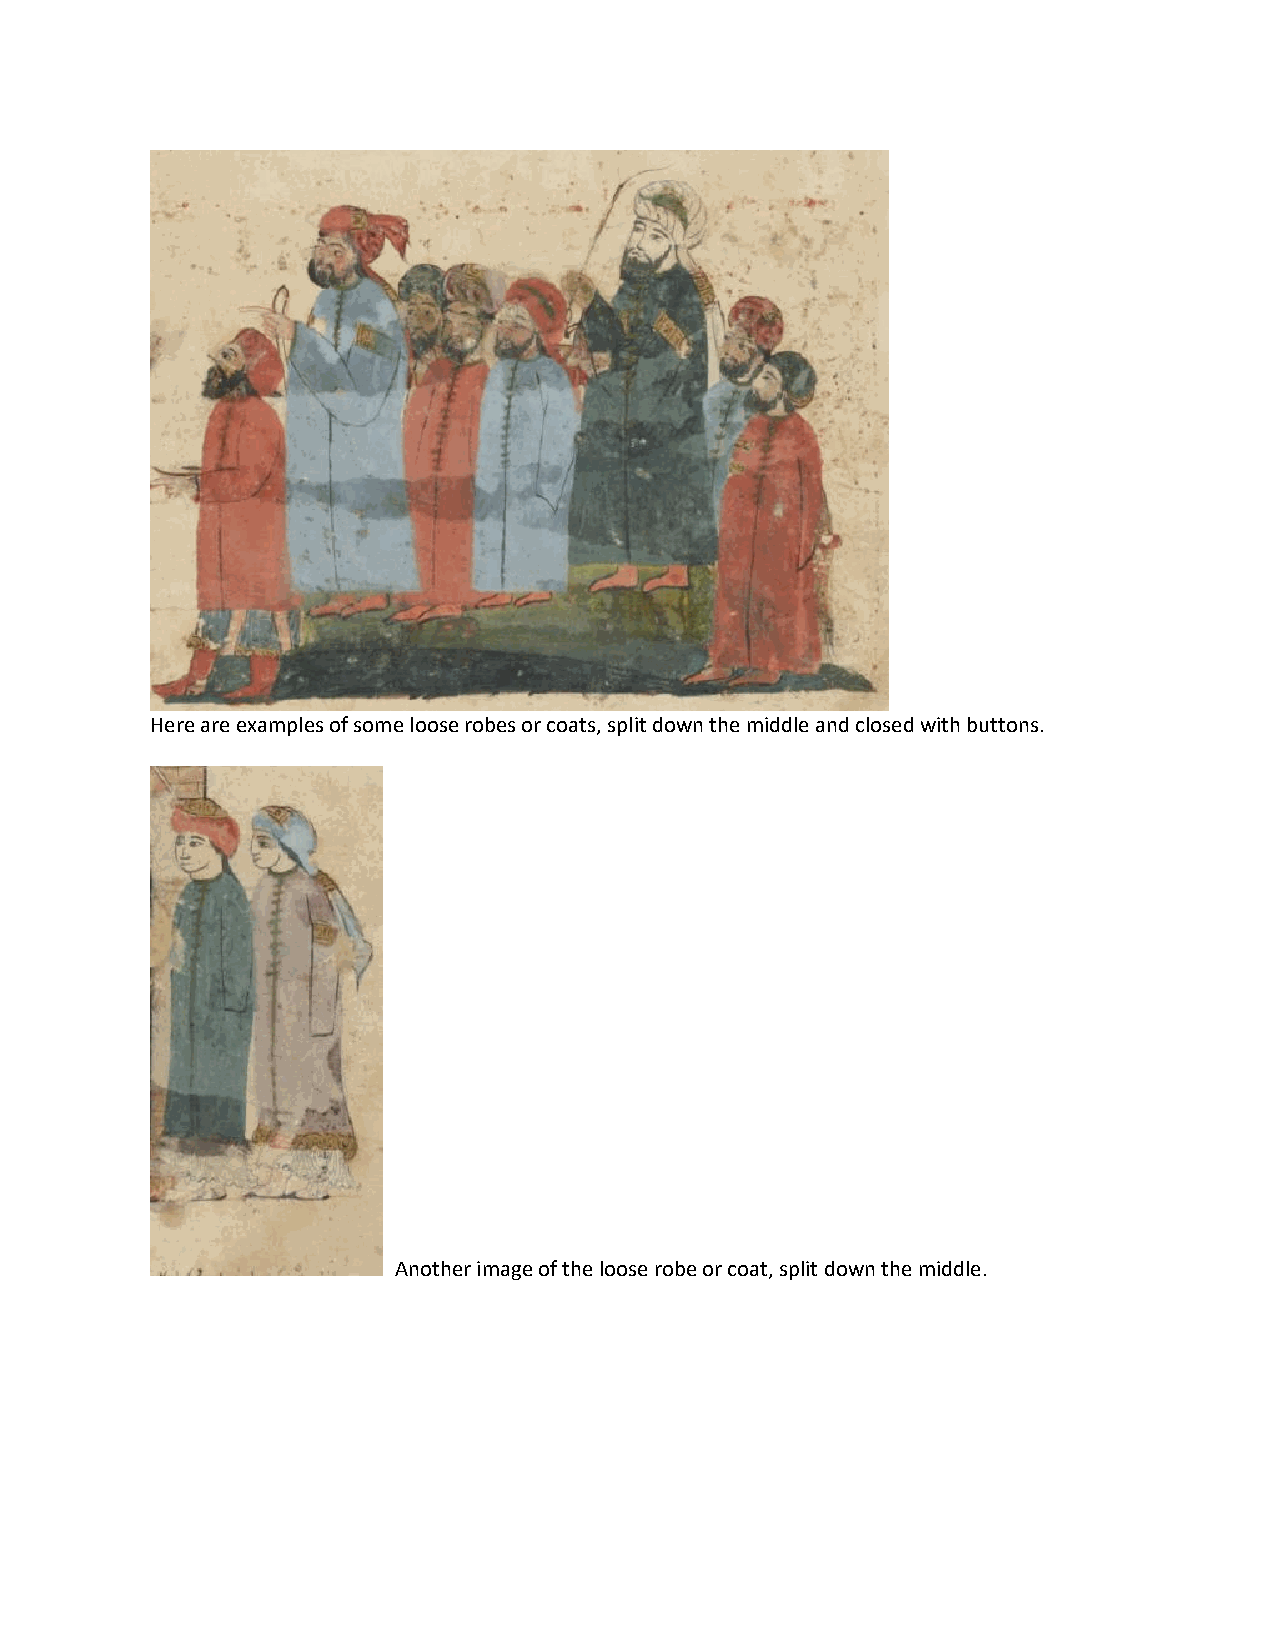
Here are examples of some loose robes or coats, split down the middle and closed with buttons.
 Another image of the loose robe or coat, split down the middle.